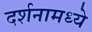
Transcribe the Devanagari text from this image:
दर्शनामध्ये